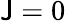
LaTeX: \mathsf{J}=0